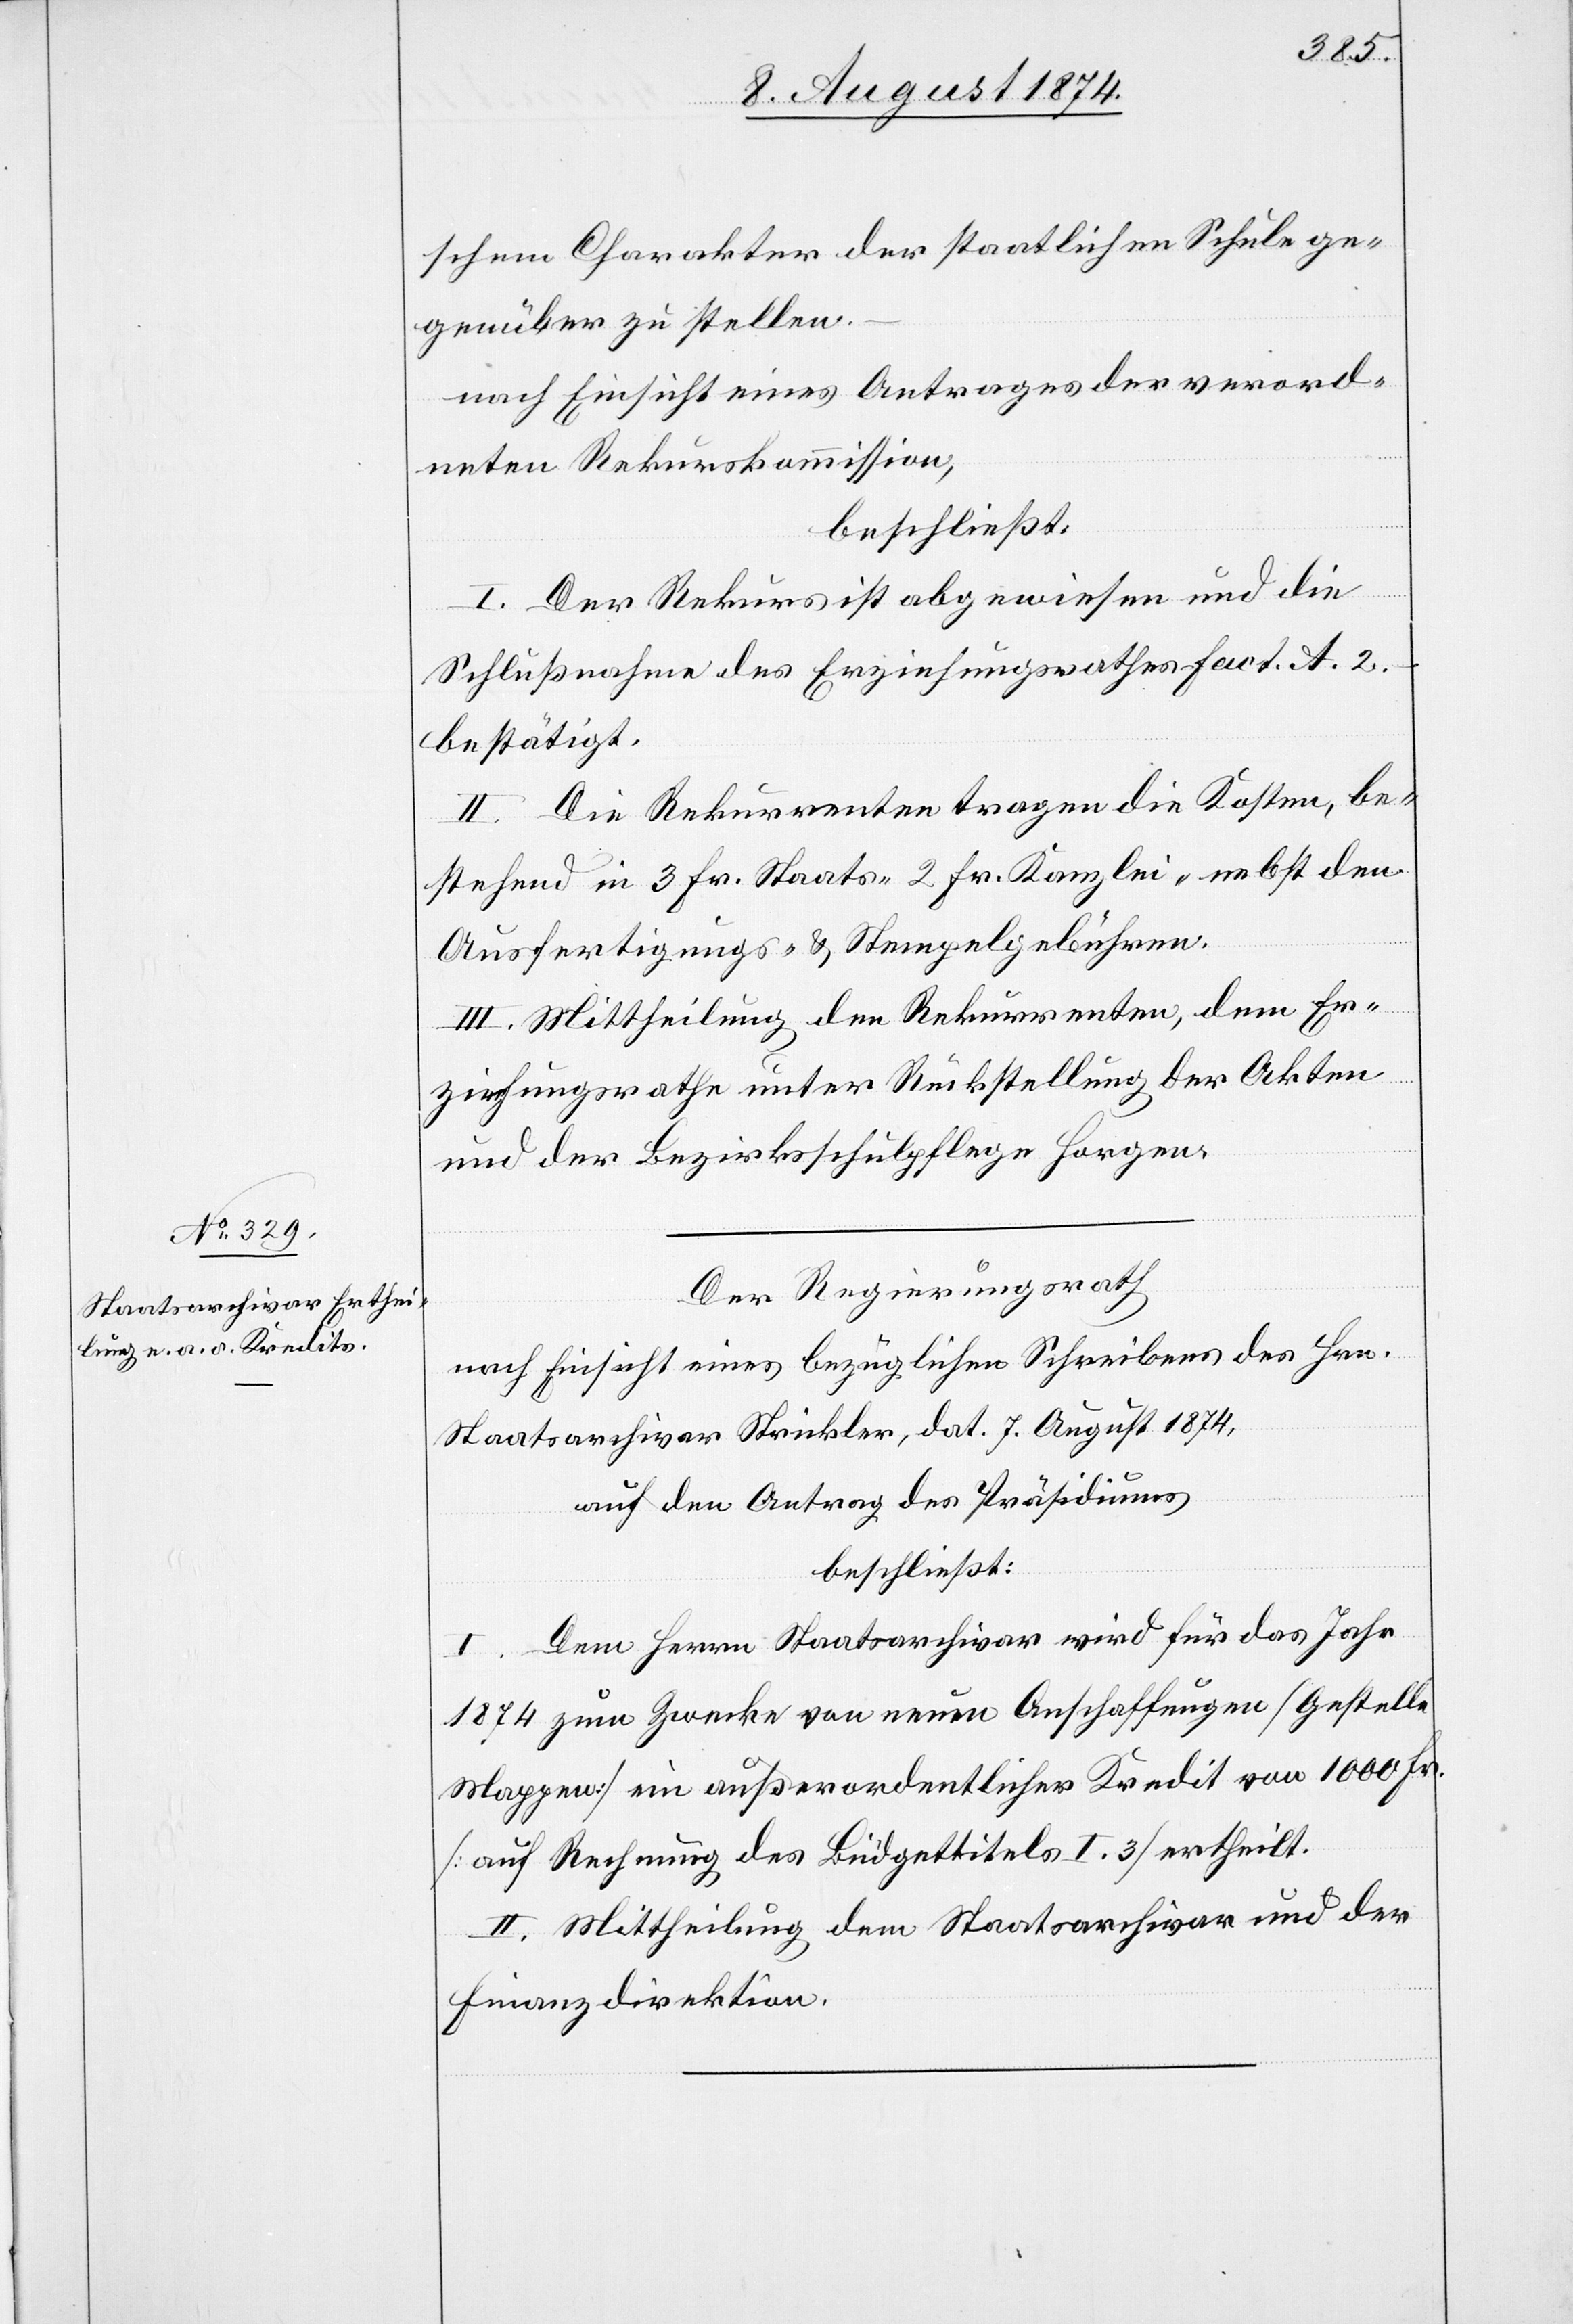
schem Charakter der staatlichen Schule ge¬
genüber zu stellen.
nach Einsicht eines Antrages der verord¬
neten Rekurskommission,
beschließt:
I. Der Rekurs ist abgewiesen und die
Schlußnahme des Erziehungsrathes fact. A. 2.
bestätigt.
II. Die Rekurrenten tragen die Kosten, be¬
stehend in 3 Fr. Staats- [,] 2 Fr. Kanzlei- nebst den
Ausfertigungs- u. Stempelgebühren.
III. Mittheilung den Rekurrenten, dem Er¬
ziehungsrathe unter Rückstellung der Akten
und der Bezirksschulpflege Horgen.
Der Regierungsrath
nach Einsicht eines bezüglichen Schreibens des Hrn.
Staatsarchivar Strickler, dat. 7. August 1874,
auf den Antrag des Präsidiums
beschließt:
I. Dem Herrn Staatsarchivar wird für das Jahr
1874 zum Zwecke von neuen Anschaffungen [Gestelle[,]
Mappen] ein außerordentlicher Kredit von 1000 Fr.
[auf Rechnung des Büdgettitels I. 3] ertheilt.
II. Mittheilung dem Staatsarchivar und der
Finanzdirektion.